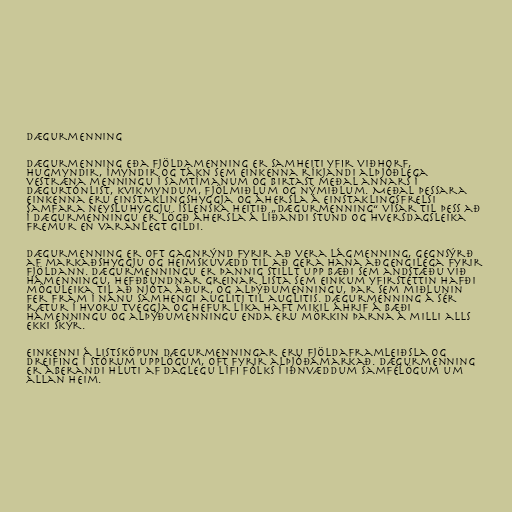
Dægurmenning

Dægurmenning eða fjöldamenning er samheiti yfir viðhorf,
hugmyndir, ímyndir og tákn sem einkenna ríkjandi alþjóðlega
vestræna menningu í samtímanum og birtast meðal annars í
dægurtónlist, kvikmyndum, fjölmiðlum og nýmiðlum. Meðal þessara
einkenna eru einstaklingshyggja og áhersla á einstaklingsfrelsi
samfara neysluhyggju. Íslenska heitið „dægurmenning“ vísar til þess að
í dægurmenningu er lögð áhersla á líðandi stund og hversdagsleika
fremur en varanlegt gildi.

Dægurmenning er oft gagnrýnd fyrir að vera lágmenning, gegnsýrð
af markaðshyggju og heimskuvædd til að gera hana aðgengilega fyrir
fjöldann. Dægurmenningu er þannig stillt upp bæði sem andstæðu við
hámenningu, hefðbundnar greinar lista sem einkum yfirstéttin hafði
möguleika til að njóta áður, og alþýðumenningu, þar sem miðlunin
fer fram í nánu samhengi augliti til auglitis. Dægurmenning á sér
rætur í hvoru tveggja og hefur líka haft mikil áhrif á bæði
hámenningu og alþýðumenningu enda eru mörkin þarna á milli alls
ekki skýr.

Einkenni á listsköpun dægurmenningar eru fjöldaframleiðsla og
dreifing í stórum upplögum, oft fyrir alþjóðamarkað. Dægurmenning
er áberandi hluti af daglegu lífi fólks í iðnvæddum samfélögum um
allan heim.